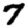
Digit: 7